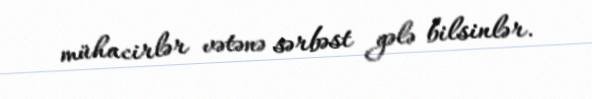
mühacirlər vətənə sərbəst gələ bilsinlər.